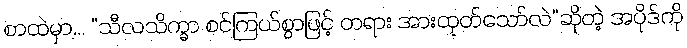
စာထဲမှာ... “သီလသိက္ခာ စင်ကြယ်စွာဖြင့် တရား အားထုတ်သော်လဲ”ဆိုတဲ့ အပိုဒ်ကို